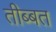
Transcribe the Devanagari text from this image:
तीब्‍बत